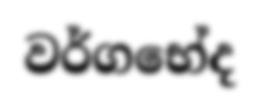
වර්ගභේද